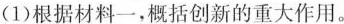
(1)根据材料一，概括创新的重大作用。